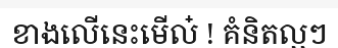
ខាងលើនេះមើល៎ ! គំនិតល្អៗ